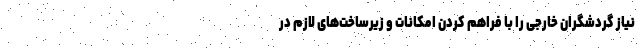
نیاز گردشگران خارجی را با فراهم کردن امکانات و زیرساخت‌های لازم در